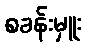
စခန်းမှူး